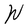
Character: W